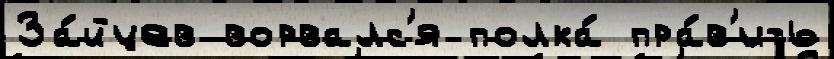
За́йцев ворвалс'я полка́ пра́в'ить